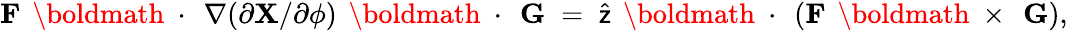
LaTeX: {\mathbf F}\, \mathrm{~\boldmath~\cdot~}\, \nabla(\partial{\mathbf X}/\partial\phi)\, \mathrm{~\boldmath~\cdot~}\, {\mathbf G}\; =\; \widehat{\sf z}\, \mathrm{~\boldmath~\cdot~}\, ({\mathbf F}\, \mathrm{~\boldmath~\times~}\, {\mathbf G}),